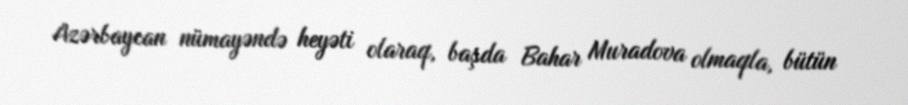
Azərbaycan nümayəndə heyəti olaraq, başda Bahar Muradova olmaqla, bütün